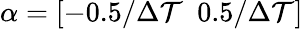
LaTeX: \alpha=[-0.5/\Delta\mathcal{T}\ \ 0.5/\Delta\mathcal{T}]